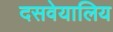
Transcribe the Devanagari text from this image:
दसवेयालिय